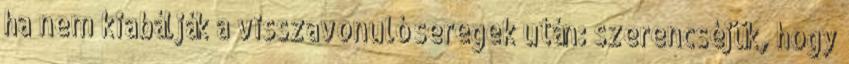
ha nem kiabálják a visszavonuló seregek után: szerencséjük, hogy